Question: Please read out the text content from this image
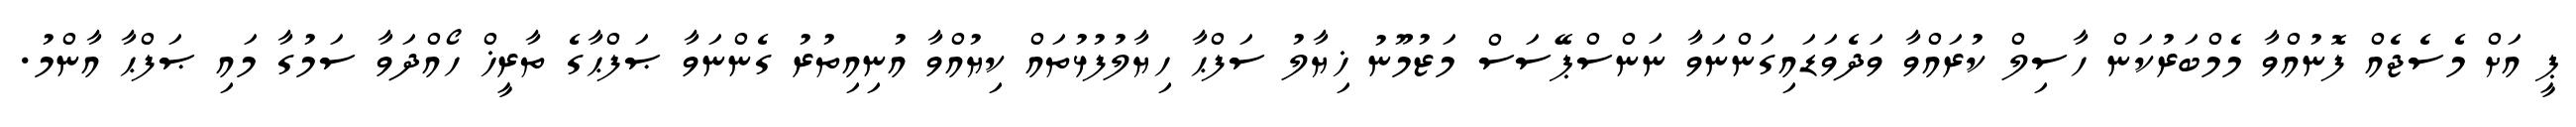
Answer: ޕީ އަށް މެސެޖެއް ފޮނުއްވާ މެމްބަރުކަން ހާސިލް ކުރައްވާ ވަދެވަޑައިގަންނަވާ ނަންސްޕޭސަސް މަޒުމޫނު ޚިޔާލު ސަފްޙާ ހިޔާލުފުޅުތައް ކިޔުއްވާ އުނިއިތުރު ގެންނަވާ ޞަފްޙާގެ ތާރީޚް ހޯއްދަވާ ސަމުގާ މައި ޞަފްޙާ އާންމު.